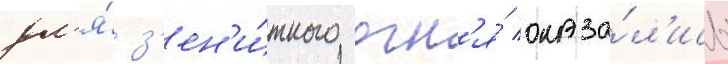
дл'я́ з'ен'и́тного огн'я́ оказа́л'ись